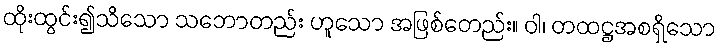
ထိုးထွင်း၍သိသော သဘောတည်း ဟူသော အဖြစ်တေည်း။ ဝါ၊ တထဋ္ဌအစရှိသော